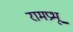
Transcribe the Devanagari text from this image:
रामप्रभू